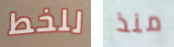
للخط منذ